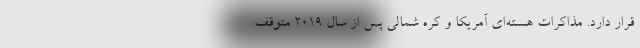
قرار دارد. مذاکرات هسته‌ای آمریکا و کره شمالی پس از سال 2019 متوقف